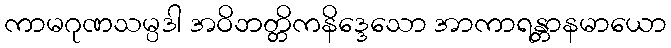
ကာမဂုဏသမ္ပဒါ အဝိဘတ္တိကနိဒ္ဒေသော အာကာရန္တာနမာယော